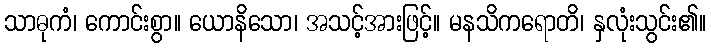
သာဓုကံ၊ ကောင်းစွာ။ ယောနိသော၊ အသင့်အားဖြင့်။ မနသိကရောတိ၊ နှလုံးသွင်း၏။